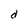
Character: d